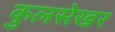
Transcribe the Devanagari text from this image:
कुलसेखर